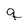
Character: q